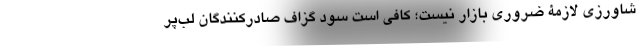
شاورزی لازمۀ ضروری بازار نیست؛ کافی است سود گزاف صادرکنندگان لب‌پر